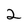
Character: 2